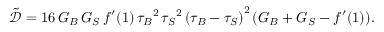
\tilde { \mathcal { D } } = 1 6 \, G _ { B } \, G _ { S } \, f ^ { \prime } ( 1 ) \, { \tau _ { B } } ^ { 2 } \, { \tau _ { S } } ^ { 2 } \, { { \left( \tau _ { B } - \tau _ { S } \right) } } ^ { 2 } \, { \left( G _ { B } + G _ { S } - f ^ { \prime } ( 1 ) \right) } .